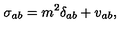
\sigma _ { a b } = m ^ { 2 } \delta _ { a b } + v _ { a b } ,